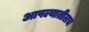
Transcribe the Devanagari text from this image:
आपल्यातीलच